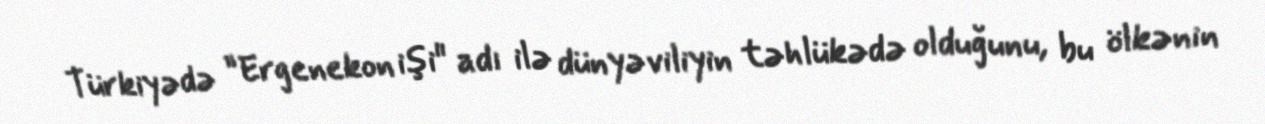
Türkiyədə ”Ergenekon işi" adı ilə dünyəviliyin təhlükədə olduğunu, bu ölkənin